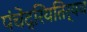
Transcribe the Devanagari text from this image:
पंचेंद्रियतिर्यच